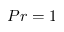
P r = 1